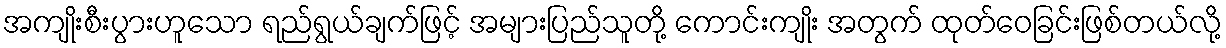
အကျိုးစီးပွားဟူသော ရည်ရွယ်ချက်ဖြင့် အများပြည်သူတို့ ကောင်းကျိုး အတွက် ထုတ်ဝေခြင်းဖြစ်တယ်လို့